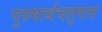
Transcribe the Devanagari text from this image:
पुरुषार्थचतुष्टय